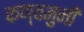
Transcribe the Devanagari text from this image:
कण्वमुनी